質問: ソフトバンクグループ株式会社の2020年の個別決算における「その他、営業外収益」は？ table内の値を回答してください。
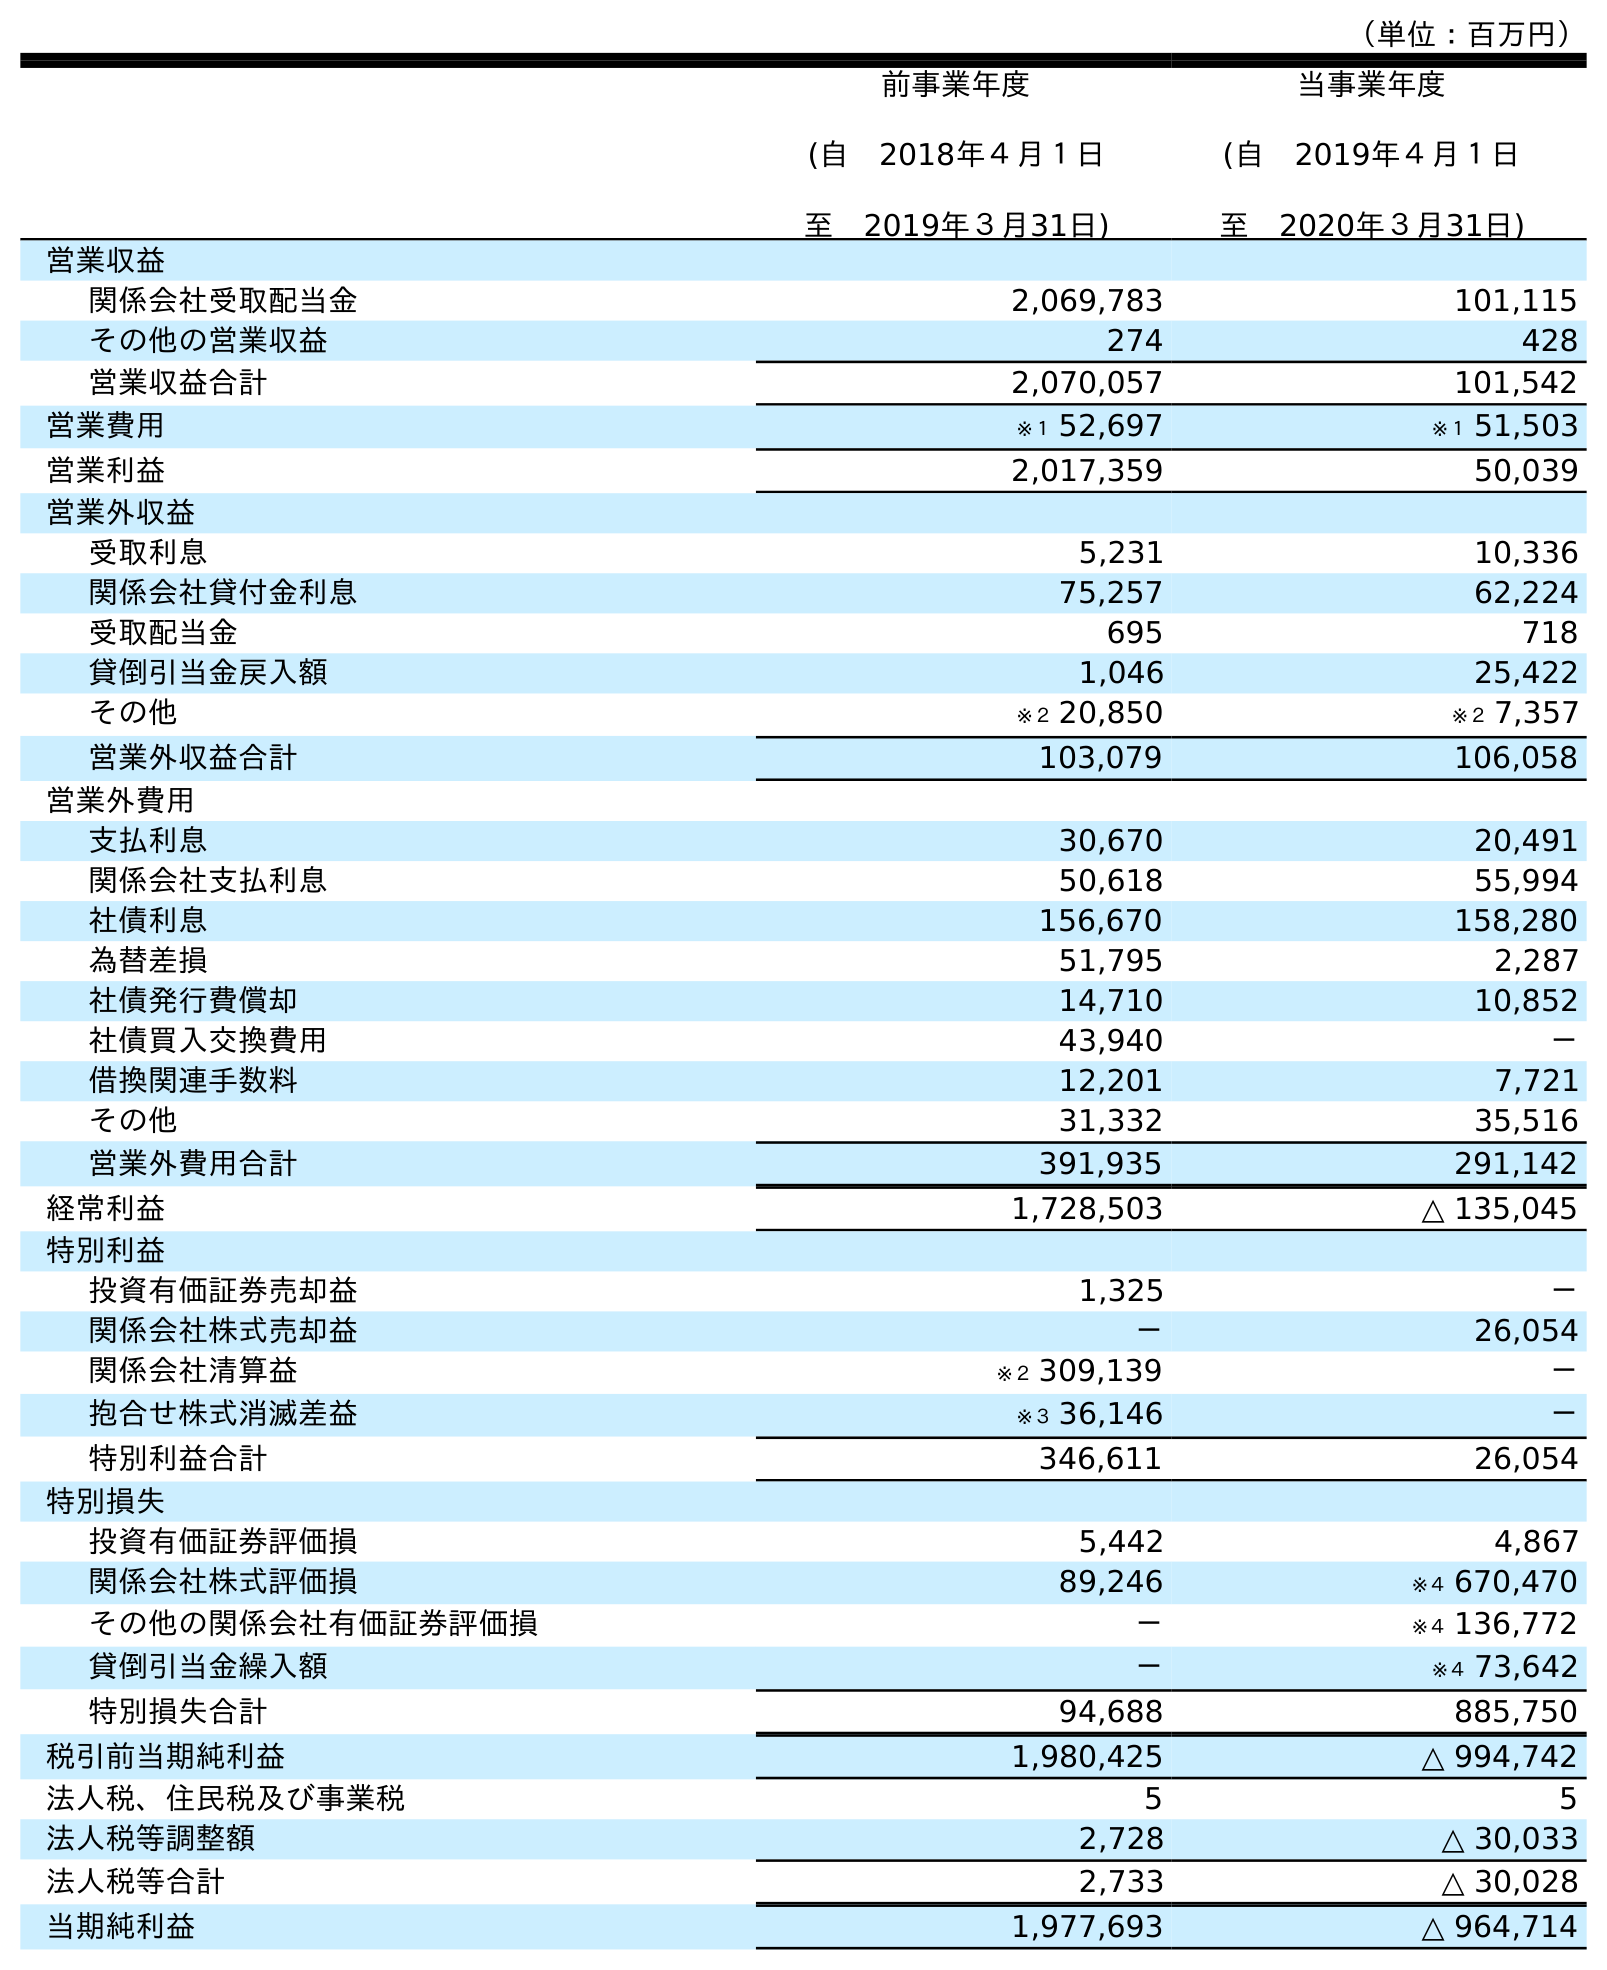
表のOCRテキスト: （単位：百万円） 前事業年度 (自 2018年４月１日 至 2019年３月31日) 当事業年度 (自 2019年４月１日 至 2020年３月31日) 営業収益 関係会社受取配当金 2,069,783 101,115 その他の営業収益 274 428 営業収益合計 2,070,057 101,542 営業費用 ※１ 52,697 ※１ 51,503 営業利益 2,017,359 50,039 営業外収益 受取利息 5,231 10,336 関係会社貸付金利息 75,257 62,224 受取配当金 695 718 貸倒引当金戻入額 1,046 25,422 その他 ※２ 20,850 ※２ 7,357 営業外収益合計 103,079 106,058 営業外費用 支払利息 30,670 20,491 関係会社支払利息 50,618 55,994 社債利息 156,670 158,280 為替差損 51,795 2,287 社債発行費償却 14,710 10,852 社債買入交換費用 43,940 － 借換関連手数料 12,201 7,721 その他 31,332 35,516 営業外費用合計 391,935 291,142 経常利益 1,728,503 △ 135,045 特別利益 投資有価証券売却益 1,325 － 関係会社株式売却益 － 26,054 関係会社清算益 ※２ 309,139 － 抱合せ株式消滅差益 ※３ 36,146 － 特別利益合計 346,611 26,054 特別損失 投資有価証券評価損 5,442 4,867 関係会社株式評価損 89,246 ※４ 670,470 その他の関係会社有価証券評価損 － ※４ 136,772 貸倒引当金繰入額 － ※４ 73,642 特別損失合計 94,688 885,750 税引前当期純利益 1,980,425 △ 994,742 法人税、住民税及び事業税 5 5 法人税等調整額 2,728 △ 30,033 法人税等合計 2,733 △ 30,028 当期純利益 1,977,693 △ 964,714
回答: ※２7,357